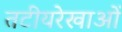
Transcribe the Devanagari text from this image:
तटीयरेखाओं